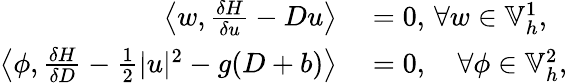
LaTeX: \begin{array}{rl}{\left\langle w,\frac{\delta H}{\delta u}-Du\right\rangle}&{{}=0,\, \forall w\in\mathbb{V}_{h}^{1},}\\ {\left\langle\phi,\frac{\delta H}{\delta D}-\frac{1}{2}|u|^{2}-g(D+b)\right\rangle}&{{}=0,\quad\forall\phi\in\mathbb{V}_{h}^{2},}\end{array}